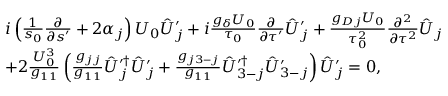
\begin{array} { r l } & { i \left( \frac { 1 } { s _ { 0 } } \frac { \partial } { \partial s ^ { \prime } } + 2 \alpha _ { j } \right) U _ { 0 } \hat { U } _ { j } ^ { \prime } + i \frac { g _ { \delta } U _ { 0 } } { \tau _ { 0 } } \frac { \partial } { \partial \tau ^ { \prime } } \hat { U } _ { j } ^ { \prime } + \frac { g _ { D j } U _ { 0 } } { \tau _ { 0 } ^ { 2 } } \frac { \partial ^ { 2 } } { \partial \tau ^ { 2 } } \hat { U } _ { j } } \\ & { + 2 \frac { U _ { 0 } ^ { 3 } } { g _ { 1 1 } } \left( \frac { g _ { j j } } { g _ { 1 1 } } \hat { U } _ { j } ^ { \prime \dag } \hat { U } _ { j } ^ { \prime } + \frac { g _ { j 3 - j } } { g _ { 1 1 } } \hat { U } _ { 3 - j } ^ { \prime \dagger } \hat { U } _ { 3 - j } ^ { \prime } \right) \hat { U } _ { j } ^ { \prime } = 0 , } \end{array}